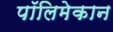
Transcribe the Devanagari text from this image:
पॉलिमेकान